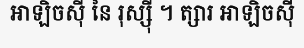
អាឡិចស៊ី នៃ រុស្ស៊ី ។ ត្សារ អាឡិចស៊ី